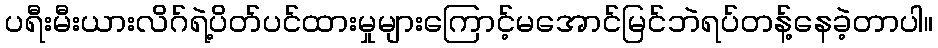
ပရီးမီးယားလိဂ်ရဲ့ပိတ်ပင်ထားမှုများကြောင့်မအောင်မြင်ဘဲရပ်တန့်နေခဲ့တာပါ။